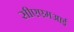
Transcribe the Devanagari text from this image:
सीएएमआई